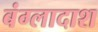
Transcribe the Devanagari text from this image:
बंग्लादाश